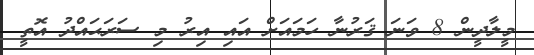
މީލާދީން 8 ވަނަ ޤަރުނާ ހަމައަށް އައި އިރު މި ސަރަޙައްދު އޮތީ